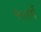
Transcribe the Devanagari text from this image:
१५वर्षे